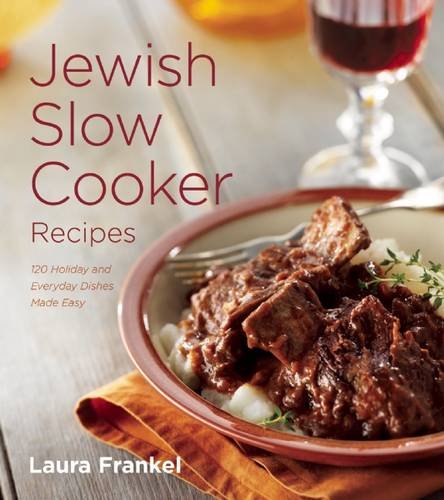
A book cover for Jewish Slow Cooker Recipes: 120 Holiday and Everyday Dishes Made Easy; Laura Frankel; Cookbooks, Food & Wine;